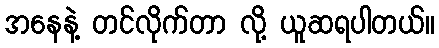
အနေနဲ့ တင်လိုက်တာ လို့ ယူဆရပါတယ်။